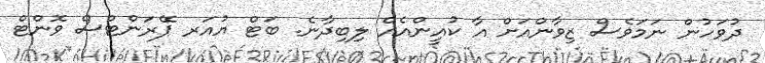
ދުވަހުން ނަމަވެސް ޒިވާންއަށް އާ ކުއީންއެއް ލިބިދާނެ. ބަޓް ޔުއަރ ޕޭރަންޓްސް ވޮންޓް